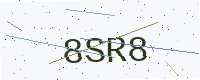
Text: 8SR8